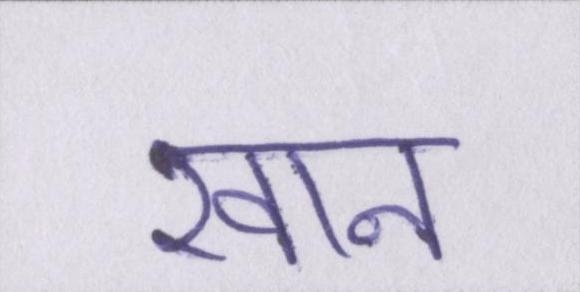
खान